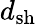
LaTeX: d_{\mathrm{sh}}